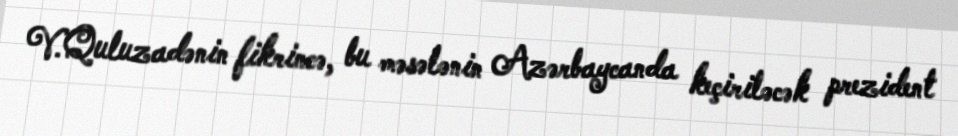
V.Quluzadənin fikrincə, bu məsələnin Azərbaycanda keçiriləcək prezident